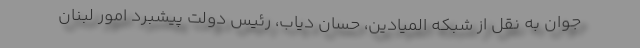
جوان به نقل از شبکه المیادین، حسان دیاب، رئیس دولت پیشبرد امور لبنان